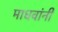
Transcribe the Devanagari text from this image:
माधवांनी